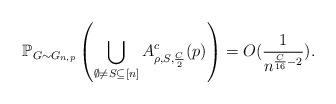
LaTeX: \begin{align*} \mathbb{P}_{G \sim G_{n,p}}\left(\bigcup_{\emptyset \not = S \subseteq [n]}A^c_{\rho,S,\frac{C}{2}}(p)\right) =O(\frac{1}{n^{\frac{C}{16}-2}}).\end{align*}